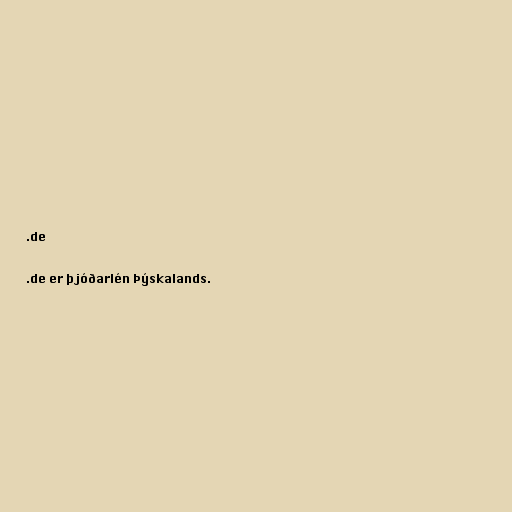
.de

.de er þjóðarlén Þýskalands.